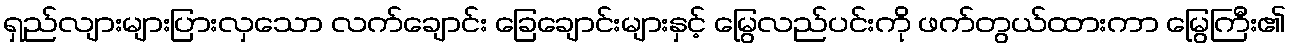
ရှည်လျားများပြားလှသော လက်ချောင်း ခြေချောင်းများနှင့် မြွေလည်ပင်းကို ဖက်တွယ်ထားကာ မြွေကြီး၏